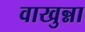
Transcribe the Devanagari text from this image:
वाखुन्ना